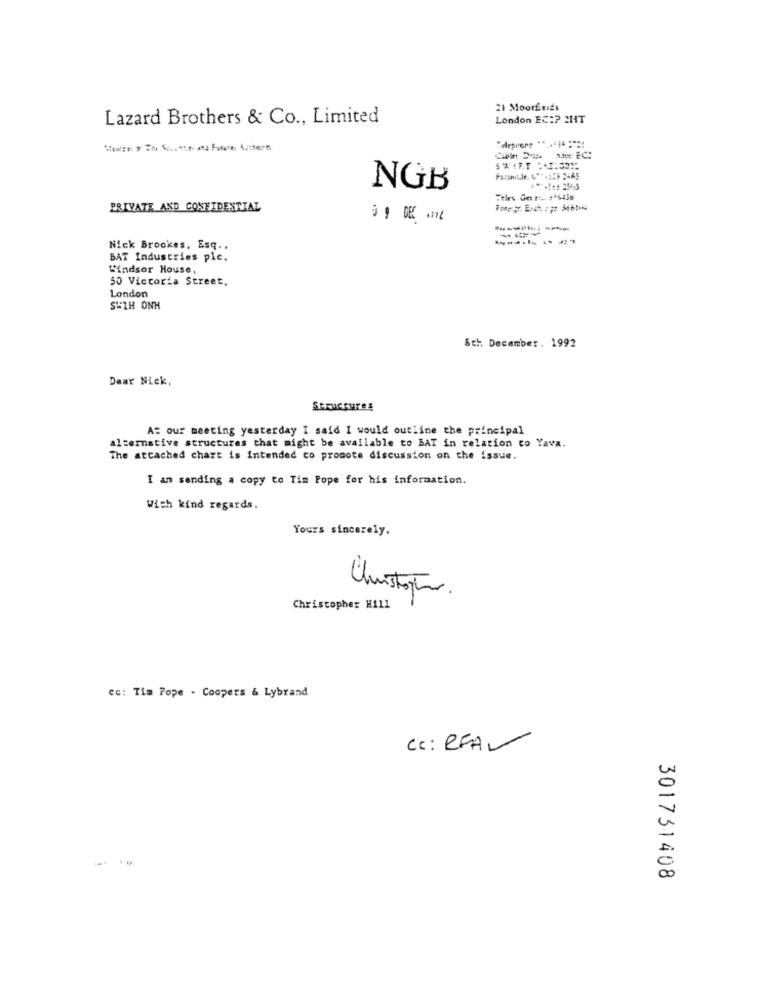
21 Moorfeids
Lazard Brothers & Co ., Limited
London EC :? CHT
Ch == == EC:
SWIFT :+1=332
Farmule. C" *.; R$ 3-AS
NGB
PRIVATE AND CONFIDENTIAL
0 9 DEC .16
Nick Brookes, Esq ..
BAT Industries pie.
Windsor House,
50 Victoria Street.
London
SWIH ONH
8th December. 1992
Dear Nick,
At our meeting yesterday I said I would outline the principal
alternative structures that might be available to BAT in relation to Yava.
The atcached chart is Intended to promote discussion on the issue.
I am sending a copy to Tim Pope for his information.
With kind regards.
Yours sincerely.
Christopher Hill
cc: Tim Pope . Coopers & Lybrand
Cc: RFA
301731408